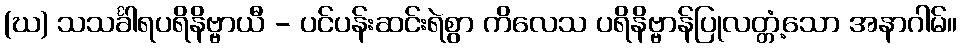
(ဃ) သသင်္ခါရပရိနိဗ္ဗာယီ - ပင်ပန်းဆင်းရဲစွာ ကိလေသ ပရိနိဗ္ဗာန်ပြုလတ္တံ့သော အနာဂါမ်။